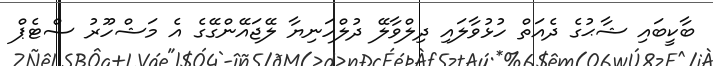
ބާކީބައި ޝާޙުގެ ދެއަތް ހުޅުވާލައި ދިލްވާލޭ ދުލްހަނިޔާ ލޭޖައޭންގޭގެ އެ މަޝްހޫރު ސްޓެޕް